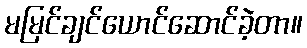
မမြင်ချင်ယောင်ဆောင်ခဲ့တာ။